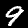
Label: 9